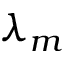
\lambda _ { m }